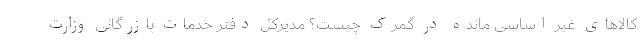
کالاهای غیر اساسی مانده در گمرک چیست؟ مدیرکل دفتر خدمات بازرگانی وزارت